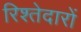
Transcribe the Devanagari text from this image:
रिश्‍तेदारों